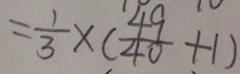
= \frac { 1 } { 3 } \times ( \frac { 4 9 } { 4 0 } + 1 )